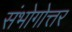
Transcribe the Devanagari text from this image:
संभोगोत्तर